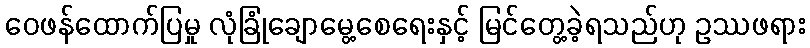
ဝေဖန်ထောက်ပြမှု လုံခြုံချောမွေ့စေရေးနှင့် မြင်တွေ့ခဲ့ရသည်ဟု ဥဿဖရား